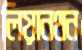
লিয়ানথন